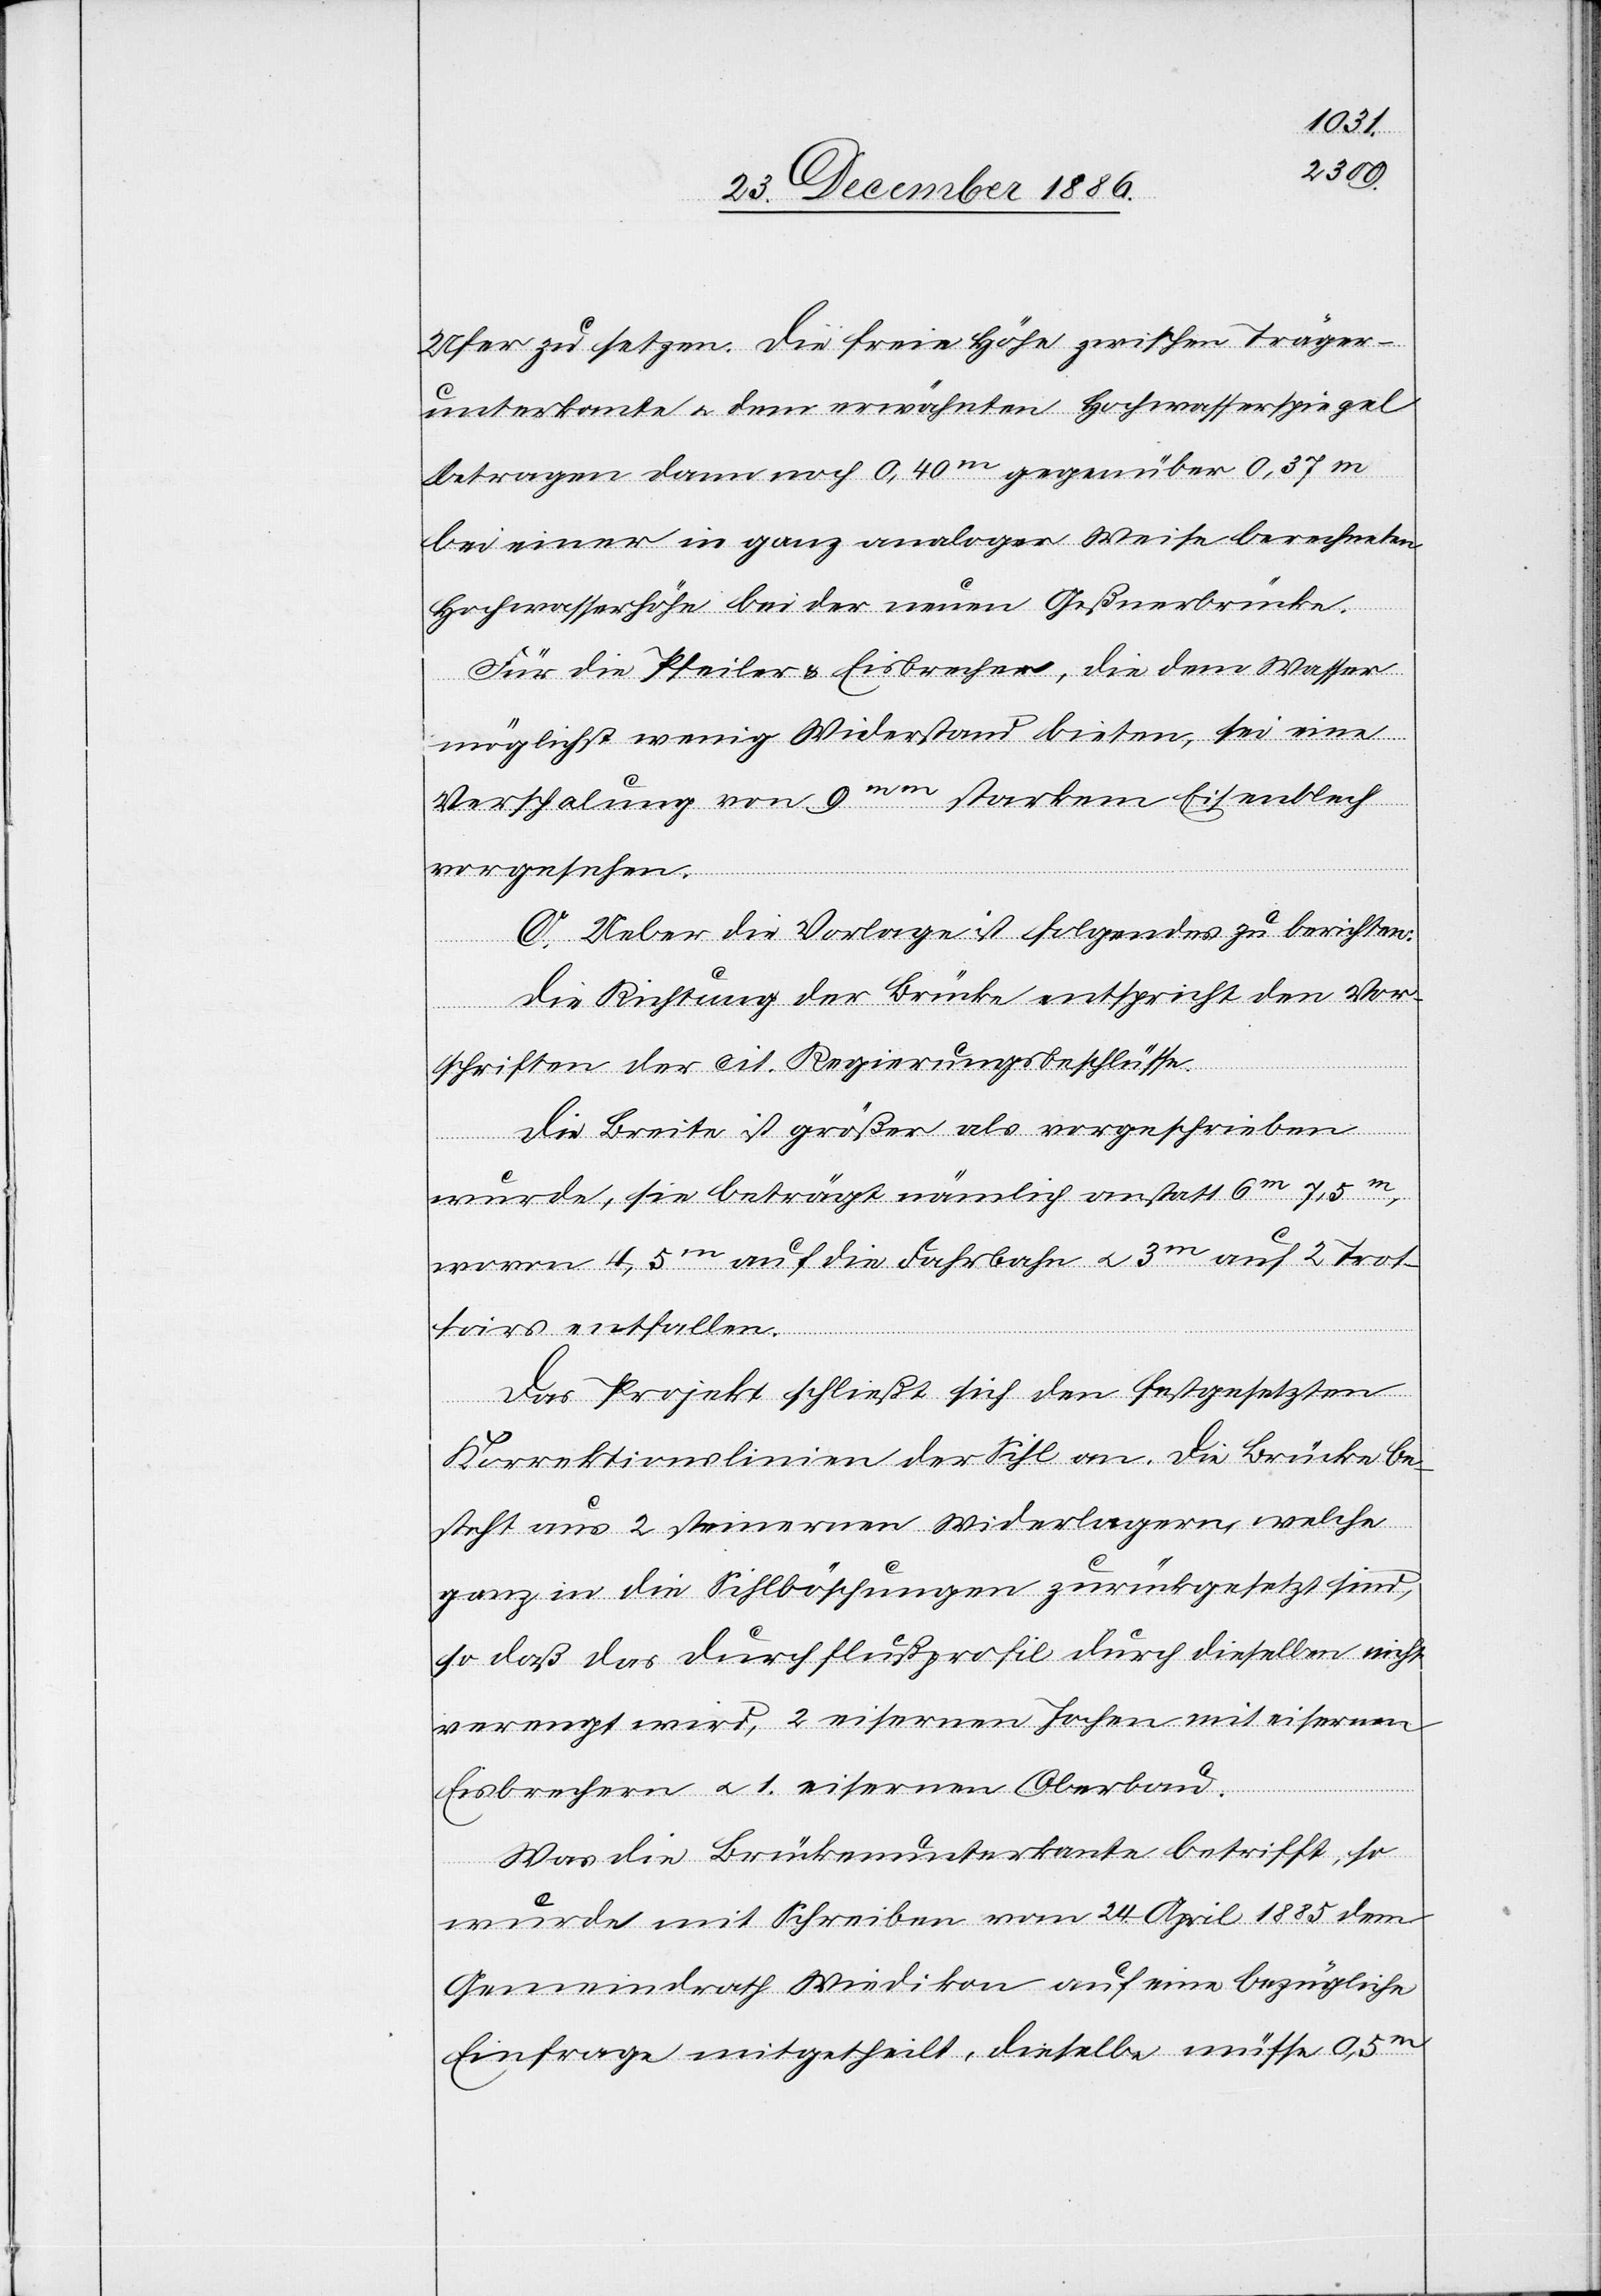
zu setzen. Die freie Höhe zwischen Träger¬
unterkante & dem erwähnten Hochwasserspiegel
betragen dann noch 0,40m gegenüber 0,37m
bei einer in ganz analoger Weise berechneten
Hochwasserhöhe bei der neuen Geßnerbrücke.
Für die Pfeiler & Eisbrecher, die dem Wasser
möglichst wenig Widerstand bieten, sei eine
Verschalung von 9mm starkem Eisenblech
vorgesehen.
C. Ueber die Vorlage ist folgendes zu berichten:
Die Richtung der Brücke entspricht den Vor¬
schriften der cit. Regierungsbeschlüsse.
Die Breite ist größer als vorgeschrieben
wurde, sie beträgt nämlich anstatt 6m 7,5m,
wovon 4,5m auf die Fahrbahn & 3m auf 2 Trot¬
toirs entfallen.
Das Projekt schließt sich den festgesetzten
Korrektionslinien der Sihl an. Die Brücke be¬
steht aus 2 steinernen Widerlagern, welche
ganz in die Sihlböschungen zurückgesetzt sind,
so daß das Durchflußprofil durch dieselben nicht
verengt wird, 2 eisernen Jochen mit eisernen
Eisbrechern & 1. eisernen Oberbau.
Was die Brückenunterkante betrifft, so
wurde mit Schreiben vom 24. April 1885 dem
Gemeindrath Wiedikon auf eine bezügliche
Einfrage mitgetheilt, dieselbe müsse 0,5m